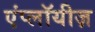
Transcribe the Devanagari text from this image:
एंप्लॉयीज़